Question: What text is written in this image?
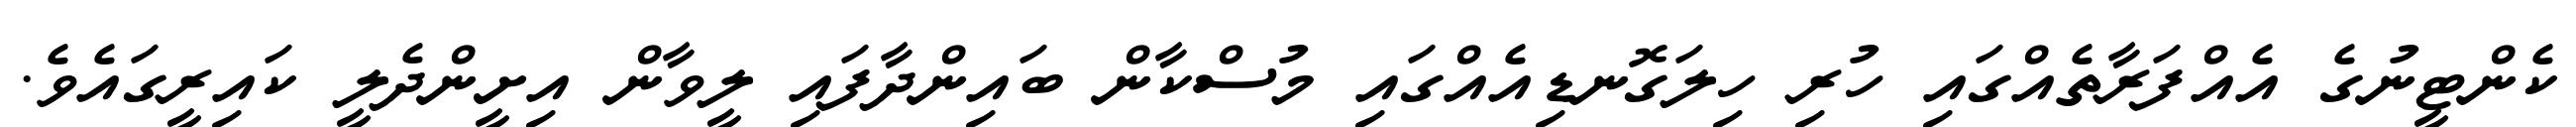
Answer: ކެންޓީނުގެ އެއްފަރާތެއްގައި ހުރި ހިލަގޮނޑިއެއްގައި މުސްކާން ބައިންދާފައި ލީވާން އިށީންދެލީ ކައިރީގައެވެ.